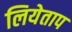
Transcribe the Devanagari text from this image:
लियेताप